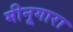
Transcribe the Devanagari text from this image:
मीनूगारा